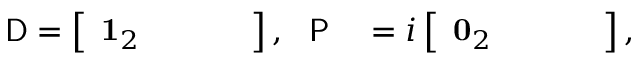
\begin{array} { r l } { { \sf D } = \left[ \begin{array} { c c c c } { \mathbf { 1 } _ { 2 } } & { } & { } & { } \end{array} \right] , \ \ { \sf P } } & { { } = i \left[ \begin{array} { c c c c } { \mathbf { 0 } _ { 2 } } & { } & { } & { } \end{array} \right] , } \end{array}